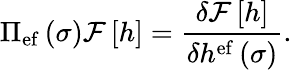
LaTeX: \Pi_{\mathrm{ef}}\left(\sigma\right){\cal F}\left[h\right]=\frac{\delta{\cal F}\left[h\right]}{\delta h^{\mathrm{ef}}\left(\sigma\right)}.